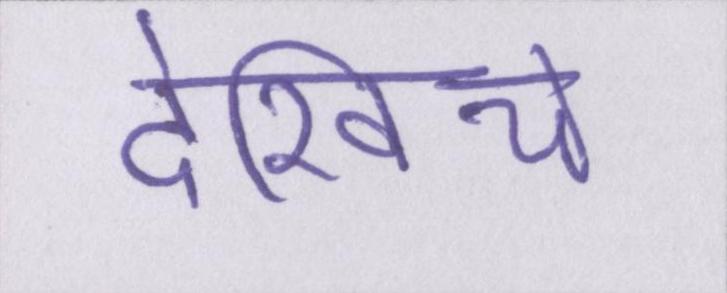
देखिये